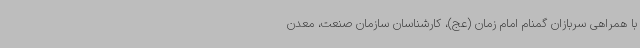
با همراهی سربازان گمنام امام زمان (عج)، کارشناسان سازمان صنعت، معدن